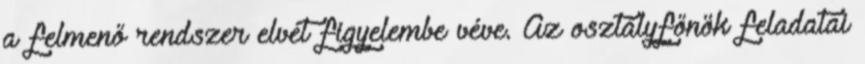
a felmenő rendszer elvét figyelembe véve. Az osztályfőnök feladatai